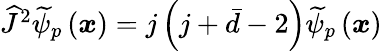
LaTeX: \begin{array}{r}{\widehat{J}^{2}\widetilde{\psi}_{p}\left(\boldsymbol{x}\right)=j\left(j+\bar{d}-2\right)\widetilde{\psi}_{p}\left(\boldsymbol{x}\right)}\end{array}